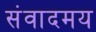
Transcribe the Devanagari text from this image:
संवादमय